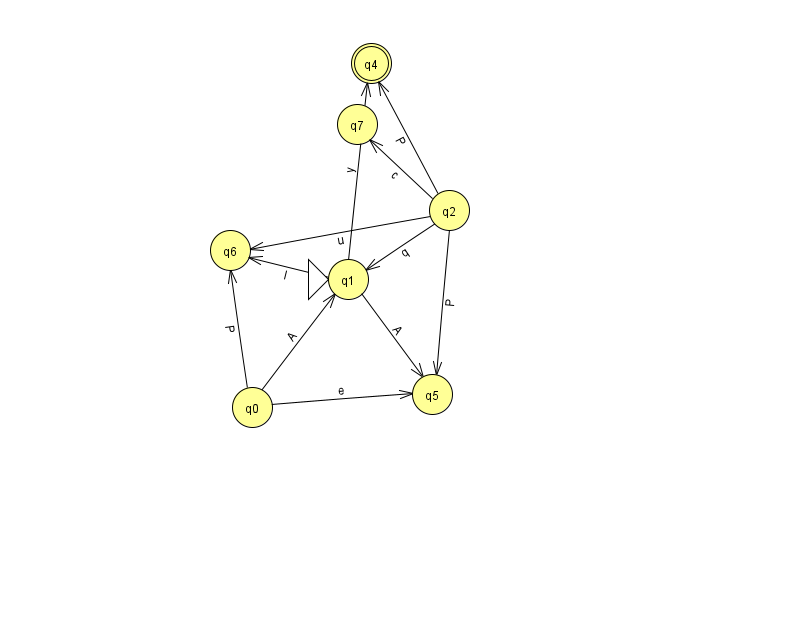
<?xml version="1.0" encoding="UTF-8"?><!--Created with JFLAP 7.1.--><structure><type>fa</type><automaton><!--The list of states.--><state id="0" name="q0"><x>252.0</x><y>394.0</y></state><state id="1" name="q1"><x>348.0</x><y>266.0</y><initial/></state><state id="2" name="q2"><x>449.0</x><y>197.0</y></state><state id="4" name="q4"><x>371.0</x><y>50.0</y><final/></state><state id="5" name="q5"><x>432.0</x><y>381.0</y></state><state id="6" name="q6"><x>230.0</x><y>237.0</y></state><state id="7" name="q7"><x>357.0</x><y>111.0</y></state><!--The list of transitions.--><transition><from>2</from><to>1</to><read>q</read></transition><transition><from>1</from><to>6</to><read>l</read></transition><transition><from>2</from><to>4</to><read>P</read></transition><transition><from>0</from><to>5</to><read>e</read></transition><transition><from>2</from><to>7</to><read>c</read></transition><transition><from>0</from><to>1</to><read>A</read></transition><transition><from>1</from><to>5</to><read>A</read></transition><transition><from>2</from><to>5</to><read>P</read></transition><transition><from>0</from><to>6</to><read>P</read></transition><transition><from>2</from><to>6</to><read>u</read></transition><transition><from>1</from><to>4</to><read>y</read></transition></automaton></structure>